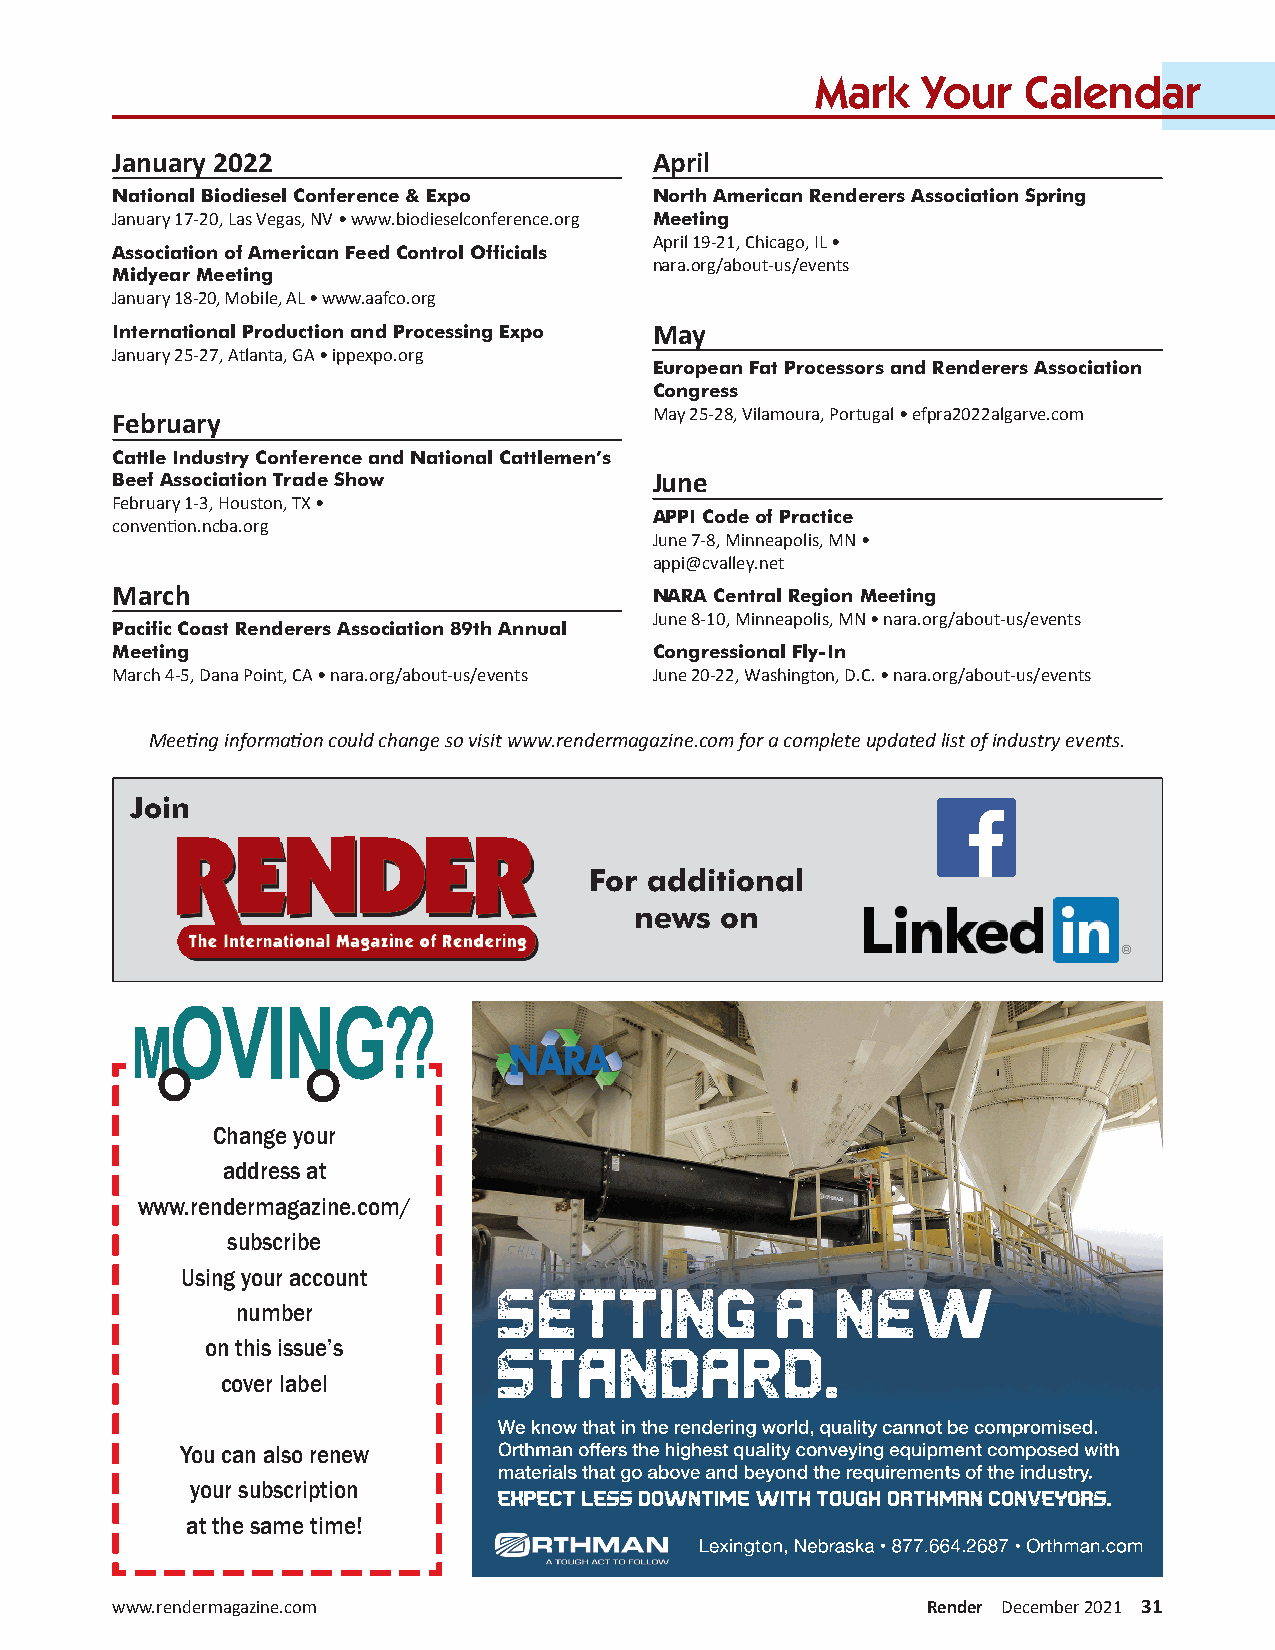
Mark   Your   Calendar
 January 2022                       April
 National Biodiesel Conference & Expo North American Renderers Association Spring
 January 17-20, Las Vegas, NV • www.biodieselconference.org Meeting
 April 19-21, Chicago, IL •
 Association of American Feed Control Officials
 nara.org/about-us/events
 Midyear Meeting
 January 18-20, Mobile, AL • www.aafco.org
 International Production and Processing Expo May
 January 25-27, Atlanta, GA • ippexpo.org
 European Fat Processors and Renderers Association
 Congress
 May 25-28, Vilamoura, Portugal • efpra2022algarve.com
 February
 Cattle Industry Conference and National Cattlemen’s
 Beef Association Trade Show        June
 February 1-3, Houston, TX •
 APPI Code of Practice
 convention.ncba.org
 June 7-8, Minneapolis, MN •
 appi@cvalley.net
 March                              NARA Central Region Meeting
 June 8-10, Minneapolis, MN • nara.org/about-us/events
 Pacific Coast Renderers Association 89th Annual
 Meeting                            Congressional Fly-In
 March 4-5, Dana Point, CA • nara.org/about-us/events June 20-22, Washington, D.C. • nara.org/about-us/events
 Meeting information could change so visit www.rendermagazine.com for a complete updated list of industry events.
 CMYK / .ai
 Join
 For additional
 news  on
 OVING??
 M
 Change your
 address at
 www.rendermagazine.com/
 subscribe
 Using your account
 setting           a   new
 number
 on this issue’s    standard.
 cover label
 We know that in the rendering world, quality cannot be compromised.
 You can also renew   Orthman offers the highest quality conveying equipment composed with
 materials that go above and beyond the requirements of the industry.
 your subscription
 EXPECT LESS DOWNTIME WITH TOUGH ORTHMAN CONVEYORS.
 at the same time!
 Lexington, Nebraska • 877.664.2687 • Orthman.com
 www.rendermagazine.com                                Render December 2021 31